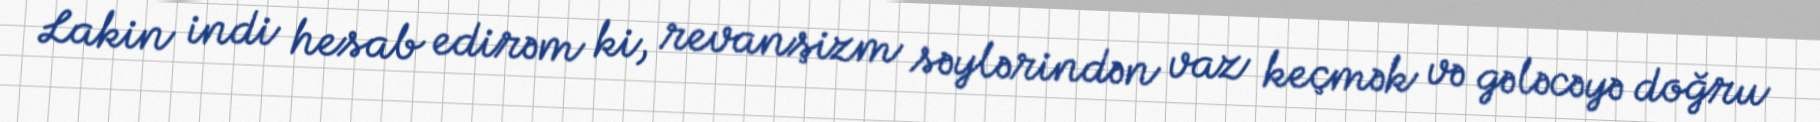
Lakin indi hesab edirəm ki, revanşizm səylərindən vaz keçmək və gələcəyə doğru